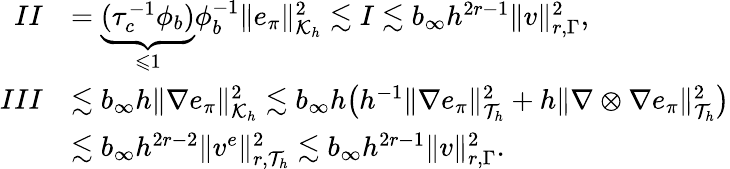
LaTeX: \begin{array}{rl}{II}&{=\underbrace{(\tau_{c}^{-1}\phi_{b})}_{\leqslant 1}\phi_{b}^{-1}\| e_{\pi}\| _{\mathcal{K}_{h}}^{2}\lesssim I\lesssim b_{\infty}h^{2r-1}\| v\| _{r,\Gamma}^{2},}\\ {III}&{\lesssim b_{\infty}h\| \nabla e_{\pi}\| _{\mathcal{K}_{h}}^{2}\lesssim b_{\infty}h\bigl(h^{-1}\| \nabla e_{\pi}\| _{\mathcal{T}_{h}}^{2}+h\| \nabla\otimes\nabla e_{\pi}\| _{\mathcal{T}_{h}}^{2}\bigr)}\\ &{\lesssim b_{\infty}h^{2r-2}\| v^{e}\| _{r,\mathcal{T}_{h}}^{2}\lesssim b_{\infty}h^{2r-1}\| v\| _{r,\Gamma}^{2}.}\end{array}